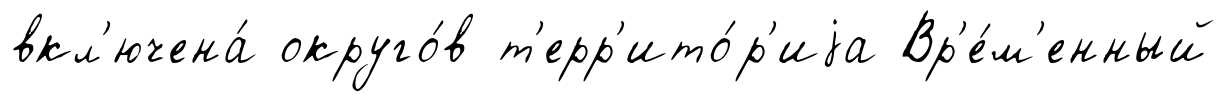
вкл'ючена́ округо́в т'ерр'ито́р'иjа Вр'е́м'енный